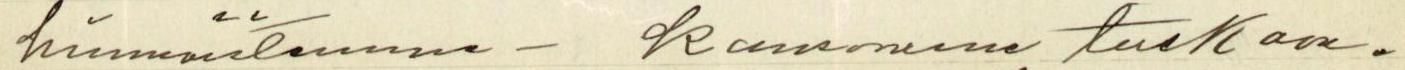
himmäistemme - kansamme tuskaan.